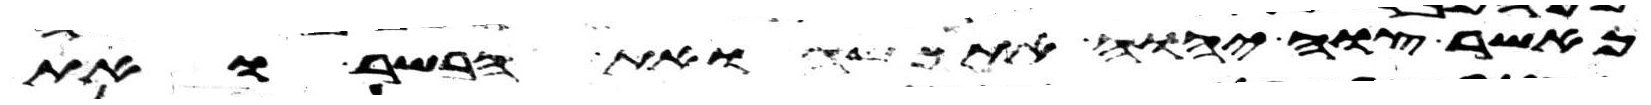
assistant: כאשר צוה יהוה את משה ואת הבשר ואת